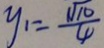
y _ { 1 } = \frac { \sqrt { 1 0 } } { 4 }